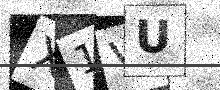
Text: X1VU